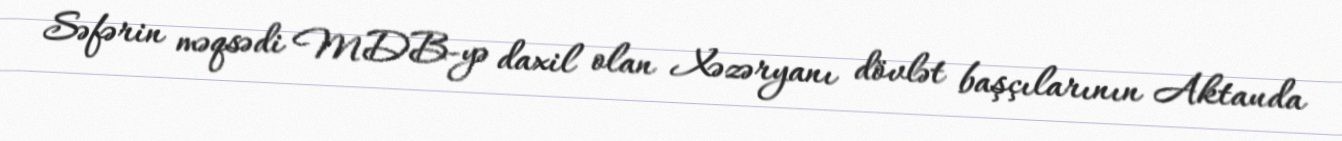
Səfərin məqsədi MDB-yə daxil olan Xəzəryanı dövlət başçılarının Aktauda